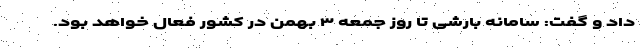
داد و گفت: سامانه بارشی تا روز جمعه ۳ بهمن در کشور فعال خواهد بود.